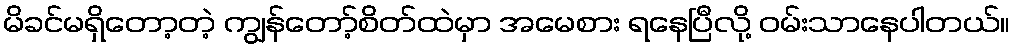
မိခင်မရှိတော့တဲ့ ကျွန်တော့်စိတ်ထဲမှာ အမေစား ရနေပြီလို့ ဝမ်းသာနေပါတယ်။